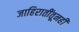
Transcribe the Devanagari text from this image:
जाहिरातींतूनही